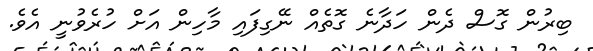
ބިރުން ގޮސް ދެން ހަދާނެ ގޮތެއް ނޭގިފައި މާހިން އަށް ހުރެވުނީ އެވެ.